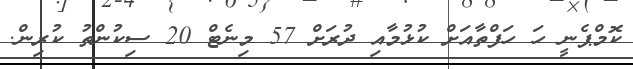
ކޮމްޕެނީ ހަ ހަފްތާއަށް ކުޅުމާއި ދުރަށް 57 މިނެޓް 20 ސިކުންތު ކުރިން.